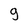
Character: g